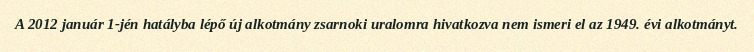
A 2012 január 1-jén hatályba lépő új alkotmány zsarnoki uralomra hivatkozva nem ismeri el az 1949. évi alkotmányt.